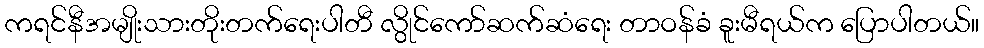
ကရင်နီအမျိုးသားတိုးတက်ရေးပါတီ လွိုင်ကော်ဆက်ဆံရေး တာဝန်ခံ ခူးမီရယ်က ပြောပါတယ်။